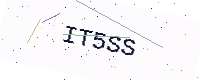
Text: IT5SS